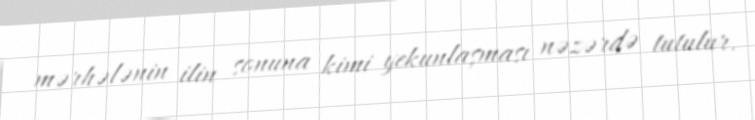
mərhələnin ilin sonuna kimi yekunlaşması nəzərdə tutulur.